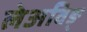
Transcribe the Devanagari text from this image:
लेअविङ्